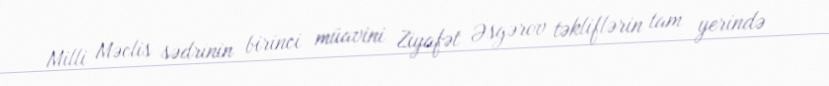
Milli Məclis sədrinin birinci müavini Ziyafət Əsgərov təkliflərin tam yerində